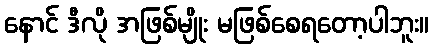
နောင် ဒီလို အဖြစ်မျိုး မဖြစ်စေရတော့ပါဘူး။